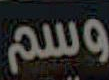
وسم